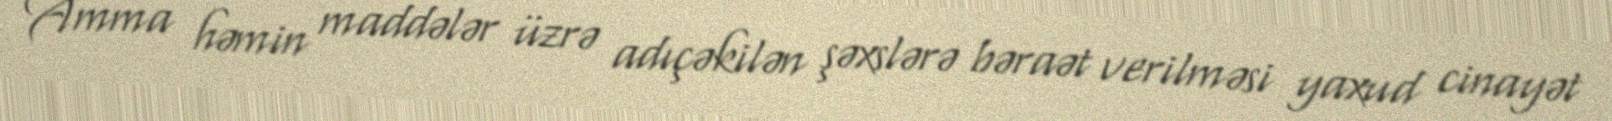
Amma həmin maddələr üzrə adıçəkilən şəxslərə bəraət verilməsi yaxud cinayət